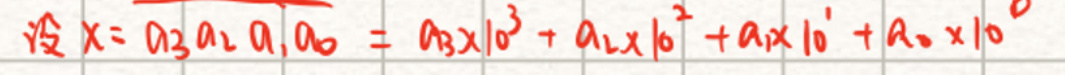
设$x = a_3a_2a_1a_0 = a_3\times10^3 + a_2\times10^2 + a_1\times10^1 + a_0\times10^0$